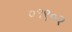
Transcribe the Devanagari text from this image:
०१९०२